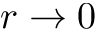
r \rightarrow 0